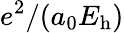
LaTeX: e^{2}/(a_{0}E_{\mathrm{h}})